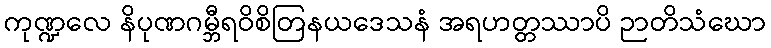
ကုဏ္ဍလေ နိပုဏဂမ္ဘီရဝိစိတြနယဒေသနံ အရဟတ္တဿာပိ ဉာတိသံဃော